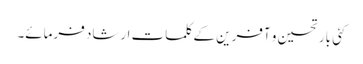
کئی بار تحسین و آفرین کے کلمات ارشاد فرمائے۔